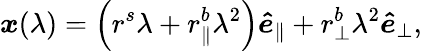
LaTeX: \boldsymbol{x}(\lambda)=\left(r^{s}\lambda+r_{\parallel}^{b}\lambda^{2}\right)\boldsymbol{\hat{e}}_{\parallel}+r_{\perp}^{b}\lambda^{2}\boldsymbol{\hat{e}}_{\perp},